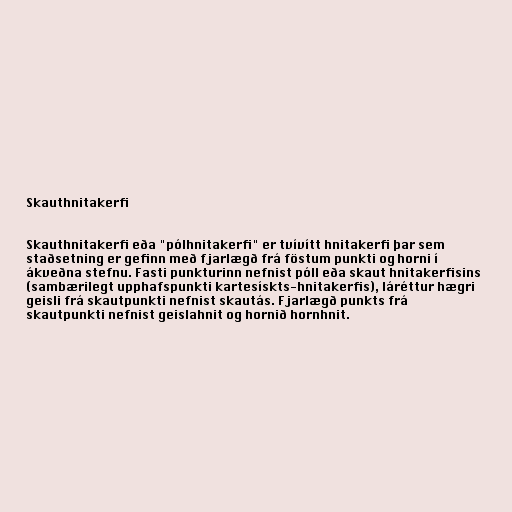
Skauthnitakerfi

Skauthnitakerfi eða "pólhnitakerfi" er tvívítt hnitakerfi þar sem
staðsetning er gefinn með fjarlægð frá föstum punkti og horni í
ákveðna stefnu. Fasti punkturinn nefnist póll eða skaut hnitakerfisins
(sambærilegt upphafspunkti kartesískts-hnitakerfis), láréttur hægri
geisli frá skautpunkti nefnist skautás. Fjarlægð punkts frá
skautpunkti nefnist geislahnit og hornið hornhnit.